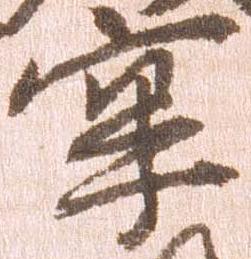
牢